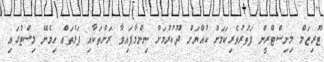
ޓޫރިޒަމް މިނިސްޓްރީން ފަތުރުވެރިކަމަށް ކުއްޔަށް ދޫކުރުމަށް ނިންމާފައިވާ ރަށްތަކާއި ފަޅުތައް ހިމެނޭ ލިސްޓުގައި